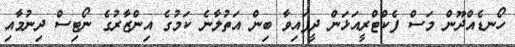
ހޯނޑެއްދޫން މަސް ފެކްޓްރީއަޅަން ދީފައިވާ ބިން އަތުލާނެ ކަމުގެ އިންޒާރުގެ ނޯޓިސް ދިނުމާއި